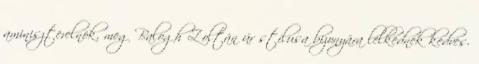
aminiszterelnök, meg Balogh Zoltán úr stílusa bizonyára lelkednek kedves.